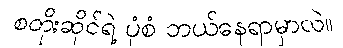
စတိုးဆိုင်ရဲ့ ပုံစံ ဘယ်နေရာမှာလဲ။